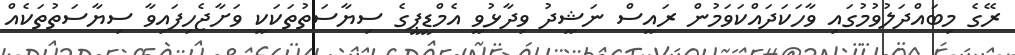
ރޭގެ މިބައްދަލުވުމުގައި ވާހަކަދައްކަވަމުން ރައީސް ނަޝީދު ވިދާޅުވީ އެމްޑީޕީގެ ސިޔާސަތުތަކަކީ ވަށާޖެހިފައިވާ ސިޔާސަތުތަކެއް